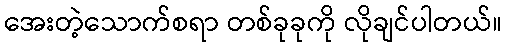
အေးတဲ့သောက်စရာ တစ်ခုခုကို လိုချင်ပါတယ်။